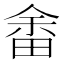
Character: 畬